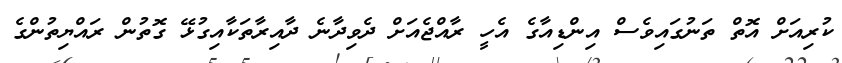
ކުރިއަށް އޮތް ތަނުގައިވެސް އިންޑިއާގެ އެހީ ރާއްޖެއަށް ދެވިދާނެ ދާއިރާތަކާއިގުޅޭ ގޮތުން ރައްޔިތުންގެ